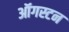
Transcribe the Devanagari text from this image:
ऑगस्टन